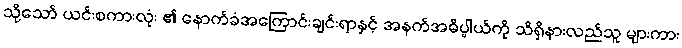
သို့သော် ယင်းစကားလုံး ၏ နောက်ခံအကြောင်းချင်းရာနှင့် အနက်အဓိပ္ပါယ်ကို သိရှိနားလည်သူ များကား